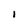
Character: i